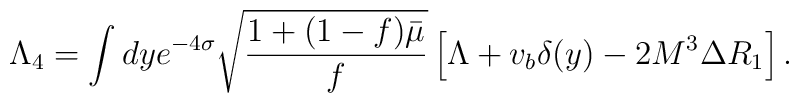
\Lambda_4 = \int dy e^{-4 \sigma} \sqrt{\frac{1 + (1 - f) \bar{\mu}}{f}}\left[ \Lambda + v_b \delta(y) - 2 M^3 \Delta R_1 \right].